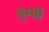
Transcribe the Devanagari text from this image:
बुग्‍सी